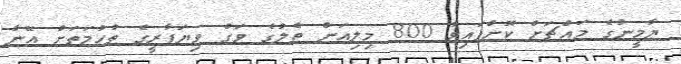
ޔާމީނުގެ މައްޗަށް ކޮށްފައިވާ 800 މިލިއަން ތެލުގެ ވަގު ވިޔަފާރީގެ ތުހުމަތަށް އޭނާ